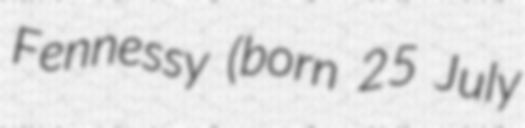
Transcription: Fennessy (born 25 July